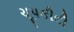
ચૂપકીદી